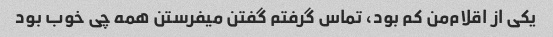
یکی از اقلام‌من کم بود، تماس گرفتم گفتن میفرستن همه چی خوب بود